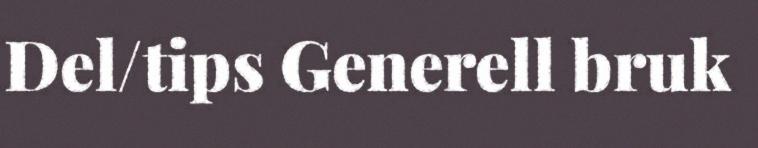
Del/tips Generell bruk